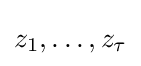
z_{1},\dots ,z_{\tau }